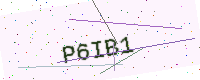
Text: P6IB1